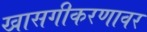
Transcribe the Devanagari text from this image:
खासगीकरणावर